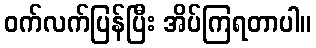
ဝက်လက်ပြန်ပြီး အိပ်ကြရတာပါ။